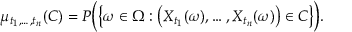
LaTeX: \mu _ { t _ { 1 } , \dots , t _ { n } } ( C ) = P { \Big ( } { \big \{ } \omega \in \Omega : { \big ( } X _ { t _ { 1 } } ( \omega ) , \dots , X _ { t _ { n } } ( \omega ) { \big ) } \in C { \big \} } { \Big ) } .